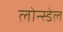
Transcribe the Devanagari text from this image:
लोन्स्डेल